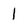
Character: 1